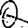
Digit: 0